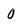
Character: 0